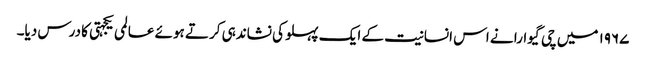
۱۹۶۷ میں چی گیوارا نے اس انسانیت کے ایک پہلو کی نشاندہی کرتے ہوئے عالمی یکجہتی کا درس دیا۔